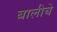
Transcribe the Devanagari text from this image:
बालीचे